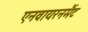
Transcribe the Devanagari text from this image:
एनवायरनमैंट